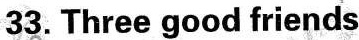
33.Three good friends